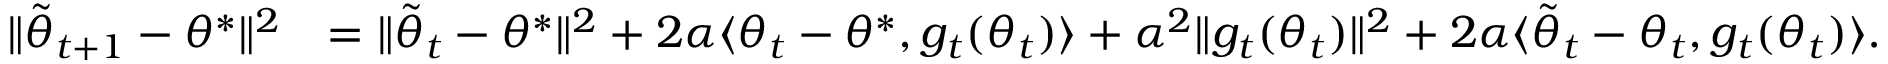
\begin{array} { r l } { \Vert \tilde { \theta } _ { t + 1 } - \theta ^ { * } \Vert ^ { 2 } } & { = \Vert \tilde { \theta } _ { t } - \theta ^ { * } \Vert ^ { 2 } + 2 \alpha \langle { \theta } _ { t } - \theta ^ { * } , { g } _ { t } ( \theta _ { t } ) \rangle + \alpha ^ { 2 } \Vert { g } _ { t } ( \theta _ { t } ) \Vert ^ { 2 } + 2 \alpha \langle \tilde { \theta } _ { t } - { \theta } _ { t } , { g } _ { t } ( \theta _ { t } ) \rangle . } \end{array}